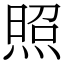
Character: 照